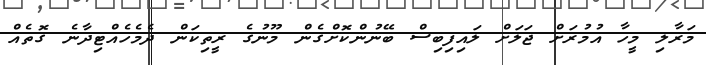
މަރާލި މީހާ އުމުރަށް ޖަލަށް ލައިފިބިސް ބޭނުންކޮށްގެން މޫނުގެ ރީތިކަން ދެމެހެއްޓިދާނެ ގޮތެއް